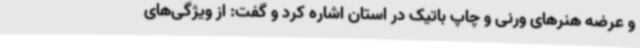
و عرضه هنرهای ورنی و چاپ باتیک در استان اشاره کرد و گفت: از ویژگی‌های